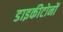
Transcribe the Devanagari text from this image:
डाइकीटोनों